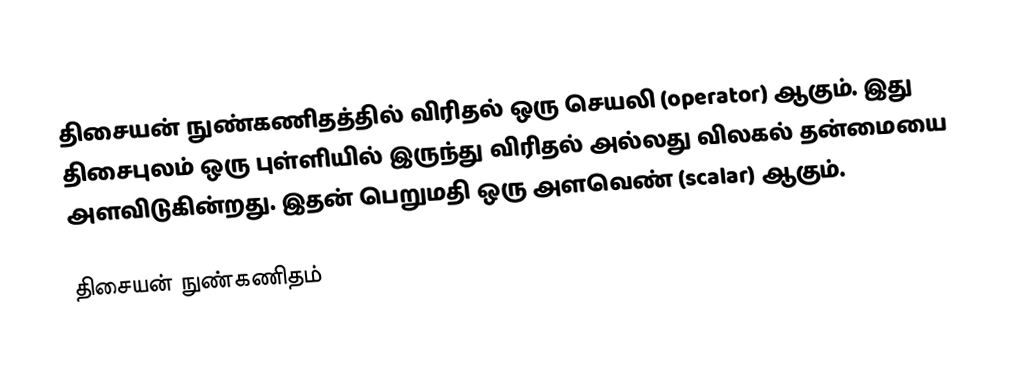
திசையன் நுண்கணிதத்தில் விரிதல் ஒரு செயலி (operator) ஆகும். இது திசைபுலம் ஒரு புள்ளியில் இருந்து விரிதல் அல்லது விலகல் தன்மையை அளவிடுகின்றது. இதன் பெறுமதி ஒரு அளவெண் (scalar) ஆகும்.

திசையன் நுண்கணிதம்